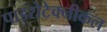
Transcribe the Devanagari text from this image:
पाइरोटेक्नीकल